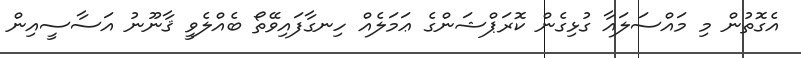
އެގޮތުން މި މައްސަލައާ ގުޅިގެން ކޮރަޕްޝަންގެ ޢަމަލެއް ހިނގާފައިވޭތޯ ބެއްލެވީ ޤާނޫނު އަސާސީއިން